Medical and sanitary report of the native army of Bengal for the year
Year: 1877
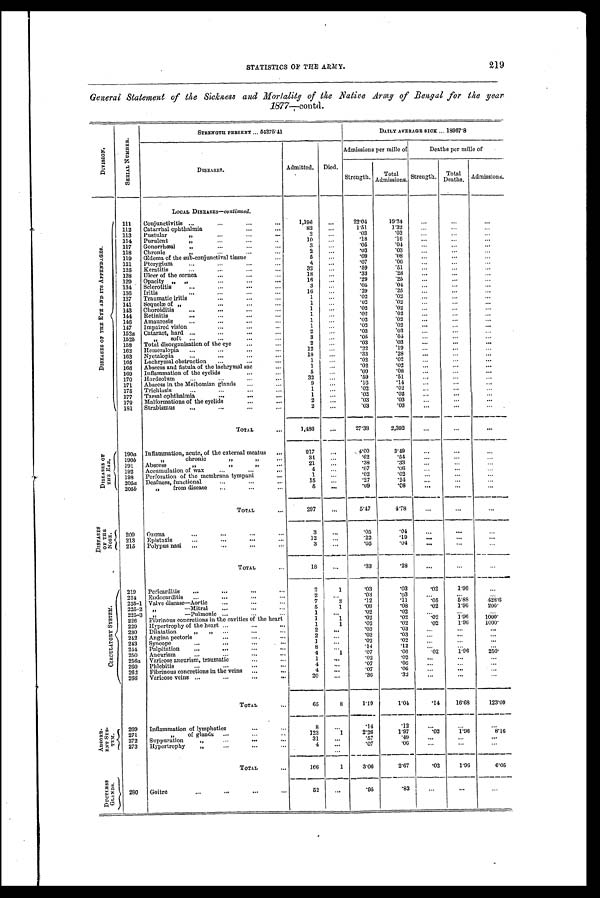
STATISTICS OF THE ARMY.
219
General Statement of the Sickness and Morlality of the Native Army of Bengal for the year
1877—contd.
D I V I S I O N
S E R I A L N U M B E R .
S T R E N G T H P R E S E N T . . . 5 4 2 7 5 . 4 1
_
DAILY AVERAGE SICK ... 18967.8
DISEASES.
Admitted. Died.
Admissions per mille of
Deaths per mile of
Total
Admissions. Strength. Total
Deaths. Admissions.
Strength.
LOCAL DISEASES—continued.
D I S E A S E S O F T H E E Y E A N D I T S A T T E N D A G E S .
111 Conjunctivitis ...
...
...
...
1,196 ...
22.04
19.24
. . . ...
. . .
112 Catarrhal ophthalmia
...
82 ... 1 . 5 1
1 . 3 2 ...
...
...
113 Pustular " ...
.
2 ...
. 0 3
. 0 3 . . . ...
. . .
114 Purulent "
...
...
10 ...
. 1 8
. 1 6 . . .
. . .
. . .
117 Gonorrhœal "
...
...
...
3 ...
. 0 5
. 0 4 . . .
...
. . .
118 Chronic
... ...
2 ...
. 0 3
. 0 3 . . . ...
...
119 Œdema of the sub-conjunctival tissue...
5 ...
. 0 9
. 0 8
...
...
. . .
121 Pterygium ...
...
...
4 ...
. 0 7
. 0 6 . . . ...
. . .
125 Keratitis
...
...
...
32 ...
. 5 9
. 5 1
...
...
. . .
128 Ulcer of the cornca ...
18 ...
. 3 3
. 2 8
...
...
...
129 Opacity " " ... ... ...
16 ...
. 2 9
. 2 5
...
...
...
134 Selerotitis
... ...
3 ...
. 0 5
. 0 4
...
... ...
136 Iritis
.
16 ...
. 2 9
. 2 5
...
. . . ...
137 Traumatic iritis
...
...
...
1 ...
. 0 2
. 0 2
...
... ...
141 Sequelæ of " ... ... ...
1 ...
. 0 2
. 0 2
...
. . . ...
143 Choroiditis ...
...
...
...
1 ...
. 0 2
. 0 2
...
...
...
1 4 4 Retinitis
...
1 ...
. 0 2
. 0 2
...
. . . ...
146 Amaurosis
...
...
...
1 ...
. 0 2
. 0 2
...
. . . ...
147 Impaired vision
...
...
..
1 ...
. 0 2
. 0 2
...
. . . ...
152a Cataract, hard ...
..
...
...
2 ...
. 0 3
. 0 3
...
. . .
...
152b
" s o f t
. . .
. . .
. . .
3 ...
. 0 5
. 0 4
...
. . . ...
158 Totn disorganisation of the eye
...
2 ...
. 0 3
. 0 3
...
. . . ...
162 Hemeralopia ...
...
...
...
12 ...
. 2 2
. 1 9
...
...
...
163 Nyctalopia ... ... ... ...
18 ...
. 3 3
. 2 8
...
...
...
165 Lachrymal obstruction ...
...
...
1 ...
. 0 2
. 0 2
...
. . . ...
166 Abscess and fistula of the lachrymal sac
...
1
. . .
. 0 2
. 0 2
...
. . . ...
169 Inflammation of the eyclids ... ...
5 ...
. 0 9
. 0 8
...
... ...
170 Hordeolum ... ... ...
32 ...
. 5 9
. 5 1
...
...
...
171 Abscess in the Meibomian glands ...
...
9 ...
. 1 6
. 1 4
...
. . . ...
175 Trichiusis
...
...
...
...
1 ...
. 0 2
. 0 2
...
. . .
...
177 Tarsal ophthalmia
.. ... ...
1
. . .
. 0 2
. 0 2
...
. . .
...
179 Malformations of the eyclids ... ...
2 ...
. 0 3
. 0 3
...
...
. . .
181 Strabismus ...
...
...
2
. . .
. 0 3
. 0 3
...
...
. . .
TOTAL
. .
1,486
. . .
27.38
2,392
. . .
. . .
. . .
D I S E A S E S O F T H E E A R .
190a Inflammation, acute, of the external meatus ...
217
. . .
4.00
3.49
...
...
. . .
190b
" chronic
34
. . .
. 6 2
. 5 4
...
...
...
191 Abscess
" " "
21
. . .
. 3 8
. 3 3
...
...
. . .
192 Accumulation of wax ...
...
...
4 ...
. 0 7
. 0 6
...
...
. . .
198 Perforation of the membrana tympani
...
1 ...
. 0 2
. 0 2 . . .
. . .
. . .
205a Deafness, functional
...
...
...
15 ...
. 2 7
. 2 4
...
. . .
. . .
205b " from disease ...
...
5
. . .
. 0 9
. 0 8
...
...
. . .
TOTAL
...
297 ...
5.47
4.78
. . .
. . .
. . .
D I S E A S E S O F T H E N O S E .
209 Ozœna
...
...
...
...
3 ...
. 0 5
. 0 4 . . .
. . . ...
213 Epistaxis
...
...
...
...
12
. . .
. 2 2
. 1 9 . . . ...
...
215 Polypus nasi ...
3
. . .
. 0 5
. 0 4 . . .
...
...
6
TOTAL
...
18
. . .
. 3 3
. 2 8 . . .
. . . ...
C I R C U L A T O R Y S Y S T E M .
219 Pericarditis ...
...
...
...
2
1
. 0 3
. 0 3 . 0 2
1.96
...
224 Endocarditis ...
...
...
...
2 ...
. 0 3
. 0 3
...
...
...
225-1 Valve disease—Aortic ...
7
3
. 1 2
. 1 1 . 0 5
5.88
428.6
225-2
" — M i t r a l
. . .
. . .
. . .
5
1
. 0 9
. 0 8 . 0 2
1.96
200.
225-3 "—Pulmonic ...
...
1 ...
. 0 2
. 0 2
...
...
...
226 Fibrinous concretions in the cavities of the heart
1
1
. 0 2
. 0 2 . 0 2
1 . 9 6 1 0 0 0 .
229 Hypertrophy of the heart ...
...
...
1
1
. 0 2
. 0 2 . 0 2
1.96 1 0 0 0 .
230 Dilatation "
" ... ...
2
. . .
. 0 3
. 0 3 . . . ...
...
242 Angina pectoris
...
...
...
2
. . .
. 0 3
. 0 3
...
...
...
243 Syncope
. . .
. . .
. . .
. . .
1 ...
. 0 2
. 0 2
...
. . .
...
244 Palpitation ...
... ... ...
8 ...
. 1 4
. 1 2 ...
...
...
250 Aneurism
...
...
.. ...
4
1
. 0 7
. 0 6 . 0 2
1 . 9 6 250.
256a Varicose aneurism, traumatic
...
1 ...
. 0 2
. 0 2
...
...
...
260 Phlebitis
...
...
...
...
4
. . .
. 0 7
. 0 6
...
...
...
262 Fibrinous concretions in the veins ...
...
4
. . .
. 0 7
. 0 6
...
...
...
266 Varicose veins ...
...
...
...
20 ...
. 3 6
. 3 2
...
...
...
TOTAL
...
65
8
1.19
1.04
. 1 4 16.68
123.09
A B S O R B - E N T S Y S - T E M . 269 Inflammation of lymphatics
...
...
__8
. . .
. 1 4
. 1 2
...
...
. . .
271
" o f g l a n d s
. . .
. . .
123
1
2.26
1.97
. 0 2
1.96
8.16
31
. . .
. 5 7
. 4 9
...
...
. . .
272 Suppuration " ... ... ...
4 ...
. 0 7
. 0
6
...
...
...
273 Hypertrophy " ...
TOTAL
...
166
1
3.06
2.67
. 0 2
1.96
6.05
D U C T L E S S G L A N D S .
280 Goitre
...
...
...
52 ...
. 9 5
. 8 3
...
...
...